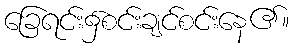
ခြေရင်း၌စင်းချင်စင်းနေ၏။